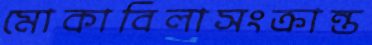
মোকাবিলাসংক্রান্ত